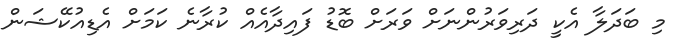
މި ބަދަލާ އެކީ ދަރިވަރުންނަށް ވަރަށް ބޮޑު ފައިދާއެއް ކުރާނެ ކަމަށް އެޑިއުކޭޝަން